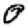
Digit: 0